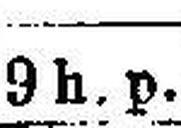
9 h. p.